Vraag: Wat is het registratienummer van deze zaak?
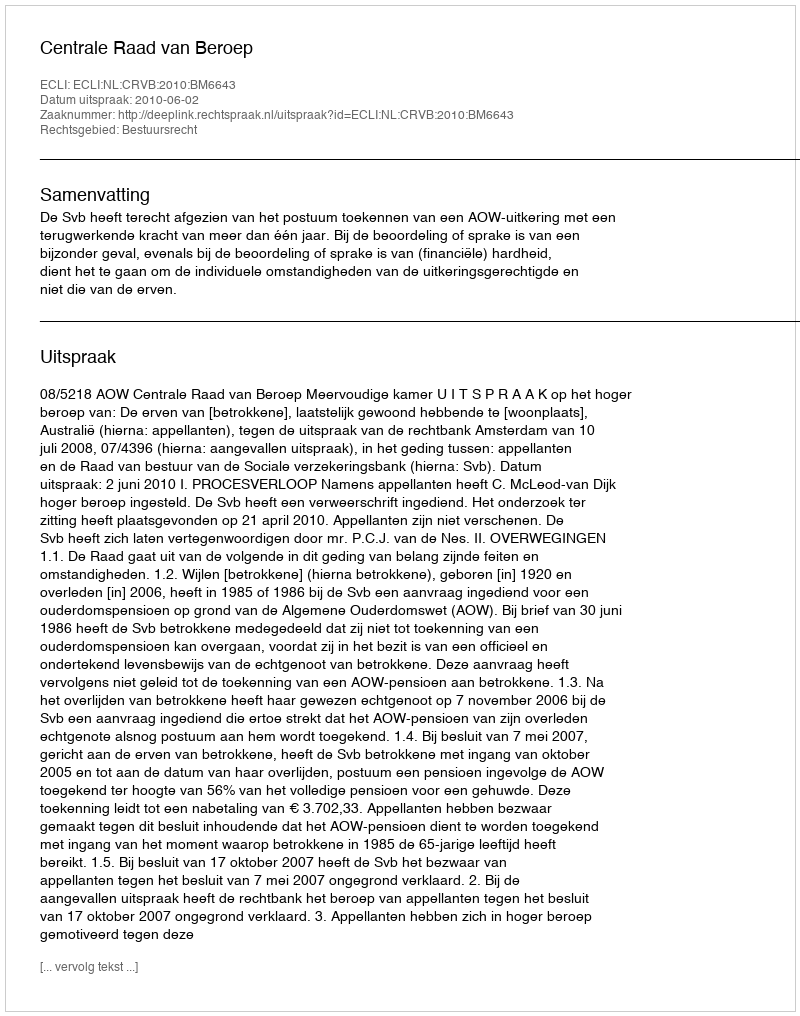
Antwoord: http://deeplink.rechtspraak.nl/uitspraak?id=ECLI:NL:CRVB:2010:BM6643